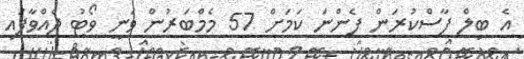
އެ ބިލް ފާސްކުރަން ފެންނަ ކަމަށް 57 މެމްބަރުން ވަނީ ވޯޓު ދެއްވާފައި